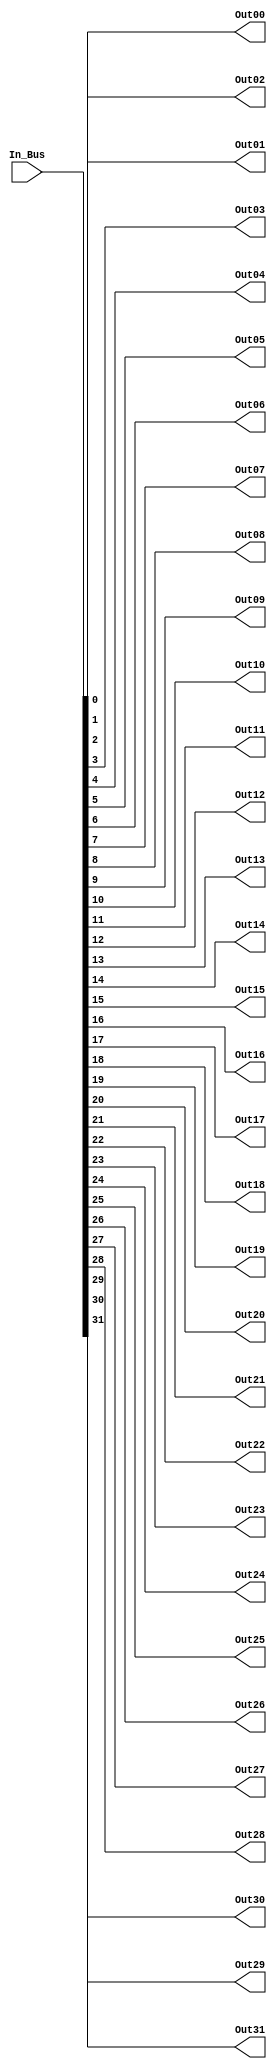
`timescale 1ns / 1ps

////////////////////////////////////////////////////////////////////////////////
//
// Company: Woods Hole Oceanographic Institution and Hydroid, Inc.
// 
// Design Name: 
// Module Name: deconcat
// Project Name: 
// Target Devices: 
// Tool Versions: Vivado 2015.2
// Description: 
// 
// Dependencies: 
// 
// Revision:
// Revision 0.01 - File Created
// Additional Comments:
//
// deconcat performs an operation opposite to the Xilinx-provided concat.  It
// allows a wide bus to be split into a number of narrower buses.  The present
// design limits the input bus to 4096 bits, fanned out to a maximum of 32
// output buses having 1-4096 bits each.  Each output bus takes its N signals
// from the next N bits of the input bus.  Obviously, the total number of bits
// summed across all the enabled output buses cannot exceed the width of the
// input bus.  The output buses default to 1-bit and the input bus defaults to
// 32-bits.  Settable parameters are the width of the input bus, the number of
// output buses, and the individual widths of each output bus.
//
// (Licensed under BSD 2-clause License:
// https://tldrlegal.com/license/bsd-2-clause-license-%28freebsd%29 
// )
//
// Copyright (c) 2015, Woods Hole Oceanographic Institution and Hydroid, Inc.
// All rights reserved.
//
// Redistribution and use in source and binary forms, with or without
// modification, are permitted provided that the following conditions are met:
//
// 1. Redistributions of source code must retain the above copyright notice,
// this list of conditions and the following disclaimer.
//
// 2. Redistributions in binary form must reproduce the above copyright
// notice, this list of conditions and the following disclaimer in the
// documentation and/or other materials provided with the distribution.
//
// THIS SOFTWARE IS PROVIDED BY THE COPYRIGHT HOLDERS AND CONTRIBUTORS "AS IS"
// AND ANY EXPRESS OR IMPLIED WARRANTIES, INCLUDING, BUT NOT LIMITED TO, THE
// IMPLIED WARRANTIES OF MERCHANTABILITY AND FITNESS FOR A PARTICULAR PURPOSE
// ARE DISCLAIMED. IN NO EVENT SHALL THE COPYRIGHT HOLDER OR CONTRIBUTORS BE
// LIABLE FOR ANY DIRECT, INDIRECT, INCIDENTAL, SPECIAL, EXEMPLARY, OR
// CONSEQUENTIAL DAMAGES (INCLUDING, BUT NOT LIMITED TO, PROCUREMENT OF
// SUBSTITUTE GOODS OR SERVICES; LOSS OF USE, DATA, OR PROFITS; OR BUSINESS
// INTERRUPTION) HOWEVER CAUSED AND ON ANY THEORY OF LIABILITY, WHETHER IN
// CONTRACT, STRICT LIABILITY, OR TORT (INCLUDING NEGLIGENCE OR OTHERWISE)
// ARISING IN ANY WAY OUT OF THE USE OF THIS SOFTWARE, EVEN IF ADVISED OF THE
// POSSIBILITY OF SUCH DAMAGE.
// 
////////////////////////////////////////////////////////////////////////////////


module deconcat #
	(
		// width of the input bus, could be many if the output ports
		// are also busses
		parameter integer IN_WIDTH = 32,
		// number of output ports, these default to 1-bit each
		parameter integer NUM_PORTS = 32,
		// width of each output port, default = 1
		parameter integer OUT00_WIDTH = 1,
		parameter integer OUT01_WIDTH = 1,
		parameter integer OUT02_WIDTH = 1,
		parameter integer OUT03_WIDTH = 1,
		parameter integer OUT04_WIDTH = 1,
		parameter integer OUT05_WIDTH = 1,
		parameter integer OUT06_WIDTH = 1,
		parameter integer OUT07_WIDTH = 1,
		parameter integer OUT08_WIDTH = 1,
		parameter integer OUT09_WIDTH = 1,
		parameter integer OUT10_WIDTH = 1,
		parameter integer OUT11_WIDTH = 1,
		parameter integer OUT12_WIDTH = 1,
		parameter integer OUT13_WIDTH = 1,
		parameter integer OUT14_WIDTH = 1,
		parameter integer OUT15_WIDTH = 1,
		parameter integer OUT16_WIDTH = 1,
		parameter integer OUT17_WIDTH = 1,
		parameter integer OUT18_WIDTH = 1,
		parameter integer OUT19_WIDTH = 1,
		parameter integer OUT20_WIDTH = 1,
		parameter integer OUT21_WIDTH = 1,
		parameter integer OUT22_WIDTH = 1,
		parameter integer OUT23_WIDTH = 1,
		parameter integer OUT24_WIDTH = 1,
		parameter integer OUT25_WIDTH = 1,
		parameter integer OUT26_WIDTH = 1,
		parameter integer OUT27_WIDTH = 1,
		parameter integer OUT28_WIDTH = 1,
		parameter integer OUT29_WIDTH = 1,
		parameter integer OUT30_WIDTH = 1,
		parameter integer OUT31_WIDTH = 1
	)
	(
		input wire [IN_WIDTH-1:0] In_Bus,
		output wire [OUT00_WIDTH-1:0] Out00,
		output wire [OUT01_WIDTH-1:0] Out01,
		output wire [OUT02_WIDTH-1:0] Out02,
		output wire [OUT03_WIDTH-1:0] Out03,
		output wire [OUT04_WIDTH-1:0] Out04,
		output wire [OUT05_WIDTH-1:0] Out05,
		output wire [OUT06_WIDTH-1:0] Out06,
		output wire [OUT07_WIDTH-1:0] Out07,
		output wire [OUT08_WIDTH-1:0] Out08,
		output wire [OUT09_WIDTH-1:0] Out09,
		output wire [OUT10_WIDTH-1:0] Out10,
		output wire [OUT11_WIDTH-1:0] Out11,
		output wire [OUT12_WIDTH-1:0] Out12,
		output wire [OUT13_WIDTH-1:0] Out13,
		output wire [OUT14_WIDTH-1:0] Out14,
		output wire [OUT15_WIDTH-1:0] Out15,
		output wire [OUT16_WIDTH-1:0] Out16,
		output wire [OUT17_WIDTH-1:0] Out17,
		output wire [OUT18_WIDTH-1:0] Out18,
		output wire [OUT19_WIDTH-1:0] Out19,
		output wire [OUT20_WIDTH-1:0] Out20,
		output wire [OUT21_WIDTH-1:0] Out21,
		output wire [OUT22_WIDTH-1:0] Out22,
		output wire [OUT23_WIDTH-1:0] Out23,
		output wire [OUT24_WIDTH-1:0] Out24,
		output wire [OUT25_WIDTH-1:0] Out25,
		output wire [OUT26_WIDTH-1:0] Out26,
		output wire [OUT27_WIDTH-1:0] Out27,
		output wire [OUT28_WIDTH-1:0] Out28,
		output wire [OUT29_WIDTH-1:0] Out29,
		output wire [OUT30_WIDTH-1:0] Out30,
		output wire [OUT31_WIDTH-1:0] Out31
	);

	generate 

		localparam integer slice_00 = 0;

		if (NUM_PORTS >= 1)
		begin : C_NUM_1
		    assign Out00 = In_Bus[OUT00_WIDTH-1+slice_00:slice_00]; 	
		end
		else assign Out00 = 0;
	        localparam integer slice_01 = slice_00 + OUT00_WIDTH;

		if (NUM_PORTS >= 2)
		begin : C_NUM_2
		    assign Out01 = In_Bus[OUT01_WIDTH-1+slice_01:slice_01]; 	
		end
		else assign Out01 = 0;
		localparam integer slice_02 = slice_01 + OUT01_WIDTH;

		if (NUM_PORTS >= 3)
		begin : C_NUM_3
		    assign Out02 = In_Bus[OUT02_WIDTH-1+slice_02:slice_02]; 	
		end
		else assign Out02 = 0;
		localparam integer slice_03 = slice_02 + OUT02_WIDTH;

		if (NUM_PORTS >= 4)
		begin : C_NUM_4
		    assign Out03 = In_Bus[OUT03_WIDTH-1+slice_03:slice_03]; 	
		end
		else assign Out03 = 0;
		localparam integer slice_04 = slice_03 + OUT03_WIDTH;

		if (NUM_PORTS >= 5)
		begin : C_NUM_5
		    assign Out04 = In_Bus[OUT04_WIDTH-1+slice_04:slice_04]; 	
		end
		else assign Out04 = 0;
		localparam integer slice_05 = slice_04 + OUT04_WIDTH;

		if (NUM_PORTS >= 6)
		begin : C_NUM_6
		    assign Out05 = In_Bus[OUT05_WIDTH-1+slice_05:slice_05]; 	
		end
		else assign Out05 = 0;
		localparam integer slice_06 = slice_05 + OUT05_WIDTH;

		if (NUM_PORTS >= 7)
		begin : C_NUM_7
		    assign Out06 = In_Bus[OUT06_WIDTH-1+slice_06:slice_06]; 	
		end
		else assign Out06 = 0;
		localparam integer slice_07 = slice_06 + OUT06_WIDTH;

		if (NUM_PORTS >= 8)
		begin : C_NUM_8
		    assign Out07 = In_Bus[OUT07_WIDTH-1+slice_07:slice_07]; 	
		end
		else assign Out07 = 0;
		localparam integer slice_08 = slice_07 + OUT07_WIDTH;

		if (NUM_PORTS >= 9)
		begin : C_NUM_9
		    assign Out08 = In_Bus[OUT08_WIDTH-1+slice_08:slice_08]; 	
		end
		else assign Out08 = 0;
		localparam integer slice_09 = slice_08 + OUT08_WIDTH;

		if (NUM_PORTS >= 10)
		begin : C_NUM_10
		    assign Out09 = In_Bus[OUT09_WIDTH-1+slice_09:slice_09]; 	
		end
		else assign Out09 = 0;
		localparam integer slice_10 = slice_09 + OUT09_WIDTH;

		if (NUM_PORTS >= 11)
		begin : C_NUM_11
		    assign Out10 = In_Bus[OUT10_WIDTH-1+slice_10:slice_10]; 	
		end
		else assign Out10 = 0;
		localparam integer slice_11 = slice_10 + OUT10_WIDTH;

		if (NUM_PORTS >= 12)
		begin : C_NUM_12
		    assign Out11 = In_Bus[OUT11_WIDTH-1+slice_11:slice_11]; 	
		end
		else assign Out11 = 0;
		localparam integer slice_12 = slice_11 + OUT11_WIDTH;

		if (NUM_PORTS >= 13)
		begin : C_NUM_13
		    assign Out12 = In_Bus[OUT12_WIDTH-1+slice_12:slice_12]; 	
		end
		else assign Out12 = 0;
		localparam integer slice_13 = slice_12 + OUT12_WIDTH;

		if (NUM_PORTS >= 14)
		begin : C_NUM_14
		    assign Out13 = In_Bus[OUT13_WIDTH-1+slice_13:slice_13]; 	
		end
		else assign Out13 = 0;
		localparam integer slice_14 = slice_13 + OUT13_WIDTH;

		if (NUM_PORTS >= 15)
		begin : C_NUM_15
		    assign Out14 = In_Bus[OUT14_WIDTH-1+slice_14:slice_14]; 	
		end
		else assign Out14 = 0;
		localparam integer slice_15 = slice_14 + OUT14_WIDTH;

		if (NUM_PORTS >= 16)
		begin : C_NUM_16
		    assign Out15 = In_Bus[OUT15_WIDTH-1+slice_15:slice_15]; 	
		end
		else assign Out15 = 0;
		localparam integer slice_16 = slice_15 + OUT15_WIDTH;

		if (NUM_PORTS >= 17)
		begin : C_NUM_17
		    assign Out16 = In_Bus[OUT16_WIDTH-1+slice_16:slice_16]; 	
		end
		else assign Out16 = 0;
		localparam integer slice_17 = slice_16 + OUT16_WIDTH;

		if (NUM_PORTS >= 18)
		begin : C_NUM_18
		    assign Out17 = In_Bus[OUT17_WIDTH-1+slice_17:slice_17]; 	
		end
		else assign Out17 = 0;
		localparam integer slice_18 = slice_17 + OUT17_WIDTH;

		if (NUM_PORTS >= 19)
		begin : C_NUM_19
		    assign Out18 = In_Bus[OUT18_WIDTH-1+slice_18:slice_18]; 	
		end
		else assign Out18 = 0;
		localparam integer slice_19 = slice_18 + OUT18_WIDTH;

		if (NUM_PORTS >= 20)
		begin : C_NUM_20
		    assign Out19 = In_Bus[OUT19_WIDTH-1+slice_19:slice_19]; 	
		end
		else assign Out19 = 0;
		localparam integer slice_20 = slice_19 + OUT19_WIDTH;

		if (NUM_PORTS >= 21)
		begin : C_NUM_21
		    assign Out20 = In_Bus[OUT20_WIDTH-1+slice_20:slice_20]; 	
		end
		else assign Out20 = 0;
		localparam integer slice_21 = slice_20 + OUT20_WIDTH;

		if (NUM_PORTS >= 22)
		begin : C_NUM_22
		    assign Out21 = In_Bus[OUT21_WIDTH-1+slice_21:slice_21]; 	
		end
		else assign Out21 = 0;
		localparam integer slice_22 = slice_21 + OUT21_WIDTH;

		if (NUM_PORTS >= 23)
		begin : C_NUM_23
		    assign Out22 = In_Bus[OUT22_WIDTH-1+slice_22:slice_22]; 	
		end
		else assign Out22 = 0;
		localparam integer slice_23 = slice_22 + OUT22_WIDTH;

		if (NUM_PORTS >= 24)
		begin : C_NUM_24
		    assign Out23 = In_Bus[OUT23_WIDTH-1+slice_23:slice_23]; 	
		end
		else assign Out23 = 0;
		localparam integer slice_24 = slice_23 + OUT23_WIDTH;

		if (NUM_PORTS >= 25)
		begin : C_NUM_25
		    assign Out24 = In_Bus[OUT24_WIDTH-1+slice_24:slice_24]; 	
		end
		else assign Out24 = 0;
		localparam integer slice_25 = slice_24 + OUT24_WIDTH;

		if (NUM_PORTS >= 26)
		begin : C_NUM_26
		    assign Out25 = In_Bus[OUT25_WIDTH-1+slice_25:slice_25]; 	
		end
		else assign Out25 = 0;
		localparam integer slice_26 = slice_25 + OUT25_WIDTH;

		if (NUM_PORTS >= 27)
		begin : C_NUM_27
		    assign Out26 = In_Bus[OUT26_WIDTH-1+slice_26:slice_26]; 	
		end
		else assign Out26 = 0;
		localparam integer slice_27 = slice_26 + OUT26_WIDTH;

		if (NUM_PORTS >= 28)
		begin : C_NUM_28
		    assign Out27 = In_Bus[OUT27_WIDTH-1+slice_27:slice_27]; 	
		end
		else assign Out27 = 0;
		localparam integer slice_28 = slice_27 + OUT27_WIDTH;

		if (NUM_PORTS >= 29)
		begin : C_NUM_29
		    assign Out28 = In_Bus[OUT28_WIDTH-1+slice_28:slice_28]; 	
		end
		else assign Out28 = 0;
		localparam integer slice_29 = slice_28 + OUT28_WIDTH;

		if (NUM_PORTS >= 30)
		begin : C_NUM_30
		    assign Out29 = In_Bus[OUT29_WIDTH-1+slice_29:slice_29]; 	
		end
		else assign Out29 = 0;
		localparam integer slice_30 = slice_29 + OUT29_WIDTH;

		if (NUM_PORTS >= 31)
		begin : C_NUM_31
		    assign Out30 = In_Bus[OUT30_WIDTH-1+slice_30:slice_30]; 	
		end
		else assign Out30 = 0;
		localparam integer slice_31 = slice_30 + OUT30_WIDTH;

		if (NUM_PORTS >= 32)
		begin : C_NUM_32
		    assign Out31 = In_Bus[OUT31_WIDTH-1+slice_31:slice_31]; 	
		end
		else assign Out31 = 0;
		localparam integer slice_32 = slice_31 + OUT31_WIDTH;

	endgenerate

endmodule